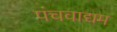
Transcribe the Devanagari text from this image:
पंचवाद्यम